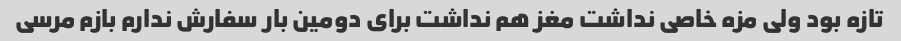
تازه بود ولی مزه خاصی نداشت مغز هم نداشت برای دومین بار سفارش ندارم بازم مرسی